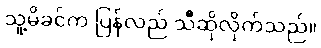
သူ့မိခင်က ပြန်လည် သီဆိုလိုက်သည်။